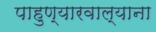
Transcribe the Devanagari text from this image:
पाहुण्यारवाल्याना